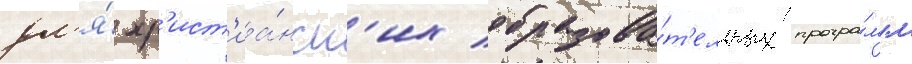
дл'я́ хр'ист'иа́нск'их образова́т'ельных програ́мм